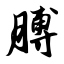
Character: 膊